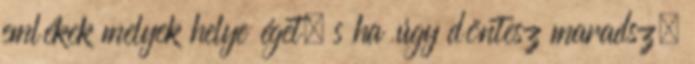
emlékek melyek helye éget, s ha úgy döntesz maradsz,